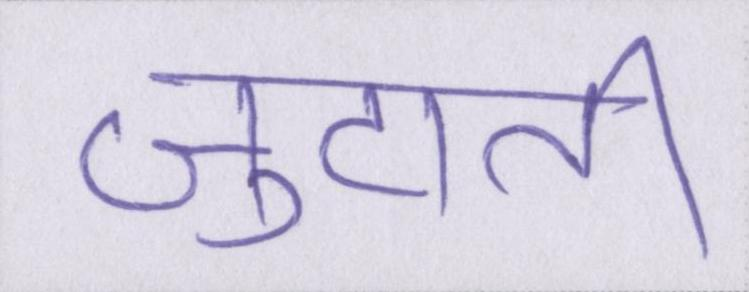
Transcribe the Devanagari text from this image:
जुटाती